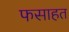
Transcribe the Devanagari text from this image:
फसाहत